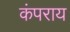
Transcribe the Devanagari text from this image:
कंपराय